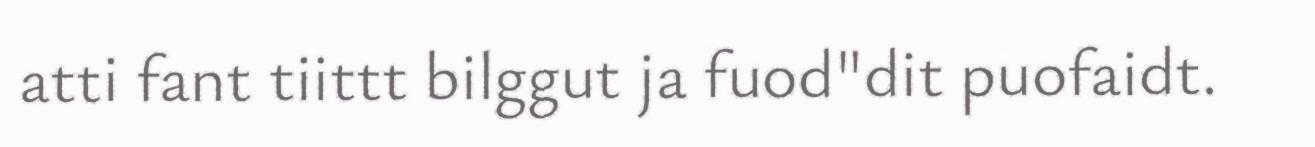
atti fant tiittt bilggut ja fuod"dit puofaidt.